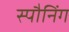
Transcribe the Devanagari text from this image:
स्पौनिंग